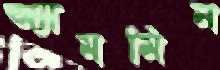
অ্যামমিন